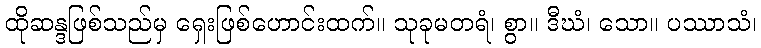
ထိုဆန္ဒဖြစ်သည်မှ ရှေးဖြစ်ဟောင်းထက်။ သုခုမတရံ၊ စွာ။ ဒီဃံ၊ သော။ ပဿာသံ၊